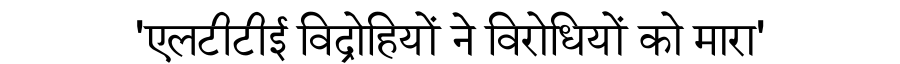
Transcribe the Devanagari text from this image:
'एलटीटीई विद्रोहियों ने विरोधियों को मारा'